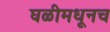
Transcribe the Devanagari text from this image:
घळीमधूनच